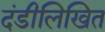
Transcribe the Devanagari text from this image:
दंडीलिखित